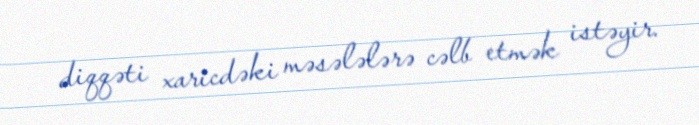
diqqəti xaricdəki məsələlərə cəlb etmək istəyir.